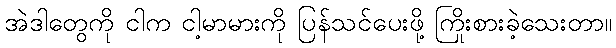
အဲဒါတွေကို ငါက ငါ့မာမားကို ပြန်သင်ပေးဖို့ ကြိုးစားခဲ့သေးတာ။